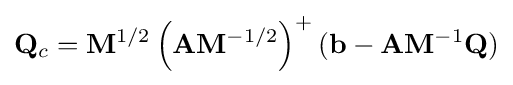
\mathbf {Q} _{c}=\mathbf {M} ^{1/2}\left(\mathbf {A} \mathbf {M} ^{-1/2}\right)^{+}(\mathbf {b} -\mathbf {A} \mathbf {M} ^{-1}\mathbf {Q} )